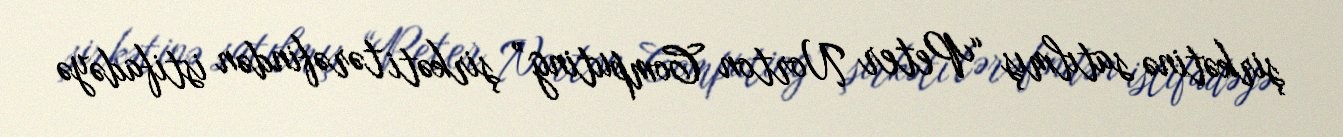
şirkətinə satılmış “Peter Norton Computing” şirkəti tərəfindən istifadəyə